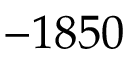
- 1 8 5 0